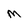
Character: M